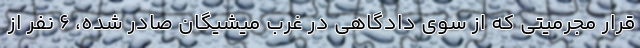
قرار مجرمیتی که از سوی دادگاهی در غرب میشیگان صادر شده، ۶ نفر از